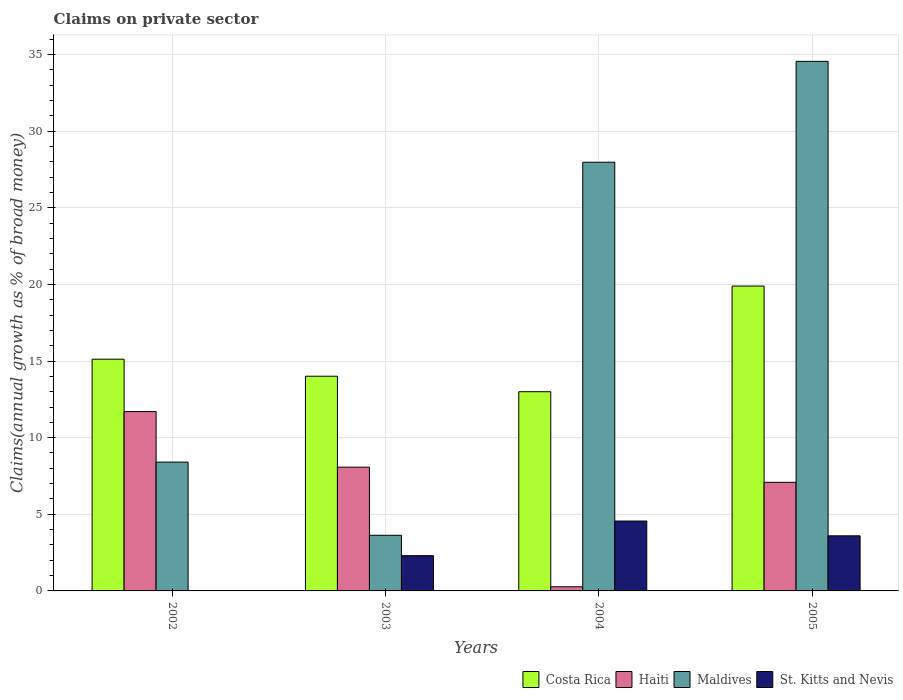
| Years | Costa Rica | Haiti | Maldives | St. Kitts and Nevis |
 | --- | --- | --- | --- | --- |
 | 2002 | 15.1 | 11.7 | 8.41 | -1.41 |
 | 2003 | 14 | 8.08 | 3.63 | 2.3 |
 | 2004 | 13 | 0.271 | 28 | 4.56 |
 | 2005 | 19.9 | 7.09 | 34.6 | 3.6 |